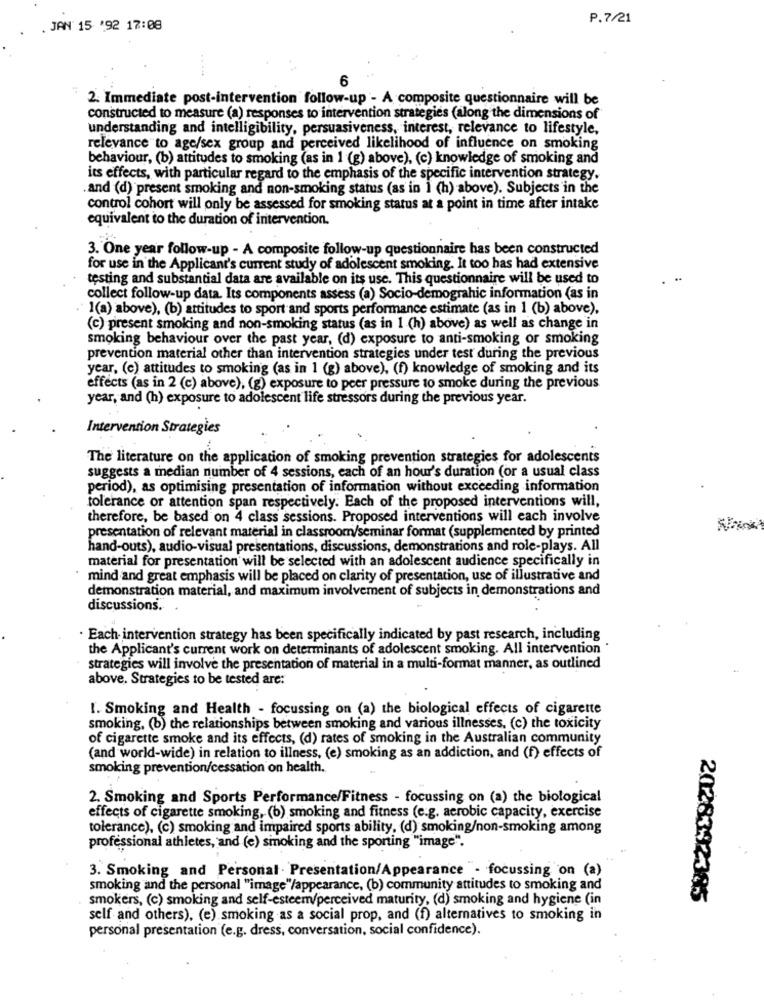
P.7/21
. JAN 15 '92 17:08
- 444
6
2. Immediate post-intervention follow-up - A composite questionnaire will be
constructed to measure (a) responses to intervention strategies (along the dimensions of
understanding and intelligibility, persuasiveness, interest, relevance to lifestyle,
relevance to age/sex group and perceived likelihood of influence on smoking
behaviour, (b) attitudes to smoking (as in 1 (g) above), (c) knowledge of smoking and
its effects, with particular regard to the emphasis of the specific intervention strategy.
.and (d) present smoking and non-smoking status (as in 1 (h) above). Subjects in the
control cohort will only be assessed for smoking status at a point in time after intake
equivalent to the duration of intervention.
3. One year follow-up - A composite follow-up questionnaire has been constructed
for use in the Applicant's current study of adolescent smoking. It too has had extensive
testing and substantial data are available on its use. This questionnaire will be used to
collect follow-up data. Its components assess (a) Socio-demograhic information (as in
1(a) above), (b) attitudes to sport and sports performance estimate (as in 1 (b) above),
(c) present smoking and non-smoking status (as in 1 (h) above) as well as change in
smoking behaviour over the past year, (d) exposure to anti-smoking or smoking
prevention material other than intervention strategies under test during the previous
year, (c) attitudes to smoking (as in 1 (g) above), (f) knowledge of smoking and its
effects (as in 2 (c) above), (g) exposure to peer pressure to smoke during the previous
year, and (h) exposure to adolescent life stressors during the previous year.
Intervention Strategies
The literature on the application of smoking prevention strategies for adolescents
suggests a median number of 4 sessions, each of an hour's duration (or a usual class
period), as optimising presentation of information without exceeding information
tolerance or attention span respectively. Each of the proposed interventions will,
therefore, be based on 4 class sessions. Proposed interventions will each involve
presentation of relevant material in classroom/seminar format (supplemented by printed
hand-outs), audio-visual presentations, discussions, demonstrations and role-plays. All
material for presentation will be selected with an adolescent audience specifically in
mind and great emphasis will be placed on clarity of presentation, use of illustrative and
demonstration material, and maximum involvement of subjects in demonstrations and
discussions.
Each intervention strategy has been specifically indicated by past research, including
the Applicant's current work on determinants of adolescent smoking. All intervention "
strategies will involve the presentation of material in a multi-format manner, as outlined
above. Strategies to be tested are:
1. Smoking and Health - focussing on (a) the biological effects of cigarette
smoking, (b) the relationships between smoking and various illnesses, (c) the toxicity
of cigarette smoke and its effects, (d) rates of smoking in the Australian community
(and world-wide) in relation to illness, (e) smoking as an addiction, and (f) effects of
smoking prevention/cessation on health.
2. Smoking and Sports Performance/Fitness - focussing on (a) the biological
effects of cigarette smoking, (b) smoking and fitness (e.g. aerobic capacity, exercise
tolerance), (c) smoking and impaired sports ability, (d) smoking/non-smoking among
professional athletes, and (e) smoking and the sporting "image".
3. Smoking and Personal . Presentation/Appearance - focussing on (a)
smoking and the personal "image"/appearance, (b) community attitudes to smoking and
smokers, (c) smoking and self-esteem/perceived maturity, (d) smoking and hygiene (in
2028392385
self and others), (e) smoking as a social prop, and (f) alternatives to smoking in
personal presentation (e.g. dress, conversation, social confidence).